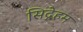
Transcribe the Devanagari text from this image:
सिद्नेहम